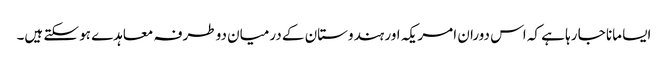
ایسا مانا جا رہا ہے کہ اس دوران امریکہ اور ہندوستان کے درمیان دو طرفہ معاہدے ہو سکتے ہیں۔